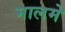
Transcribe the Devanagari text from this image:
मालमे